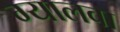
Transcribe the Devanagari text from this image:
ग्यालवा